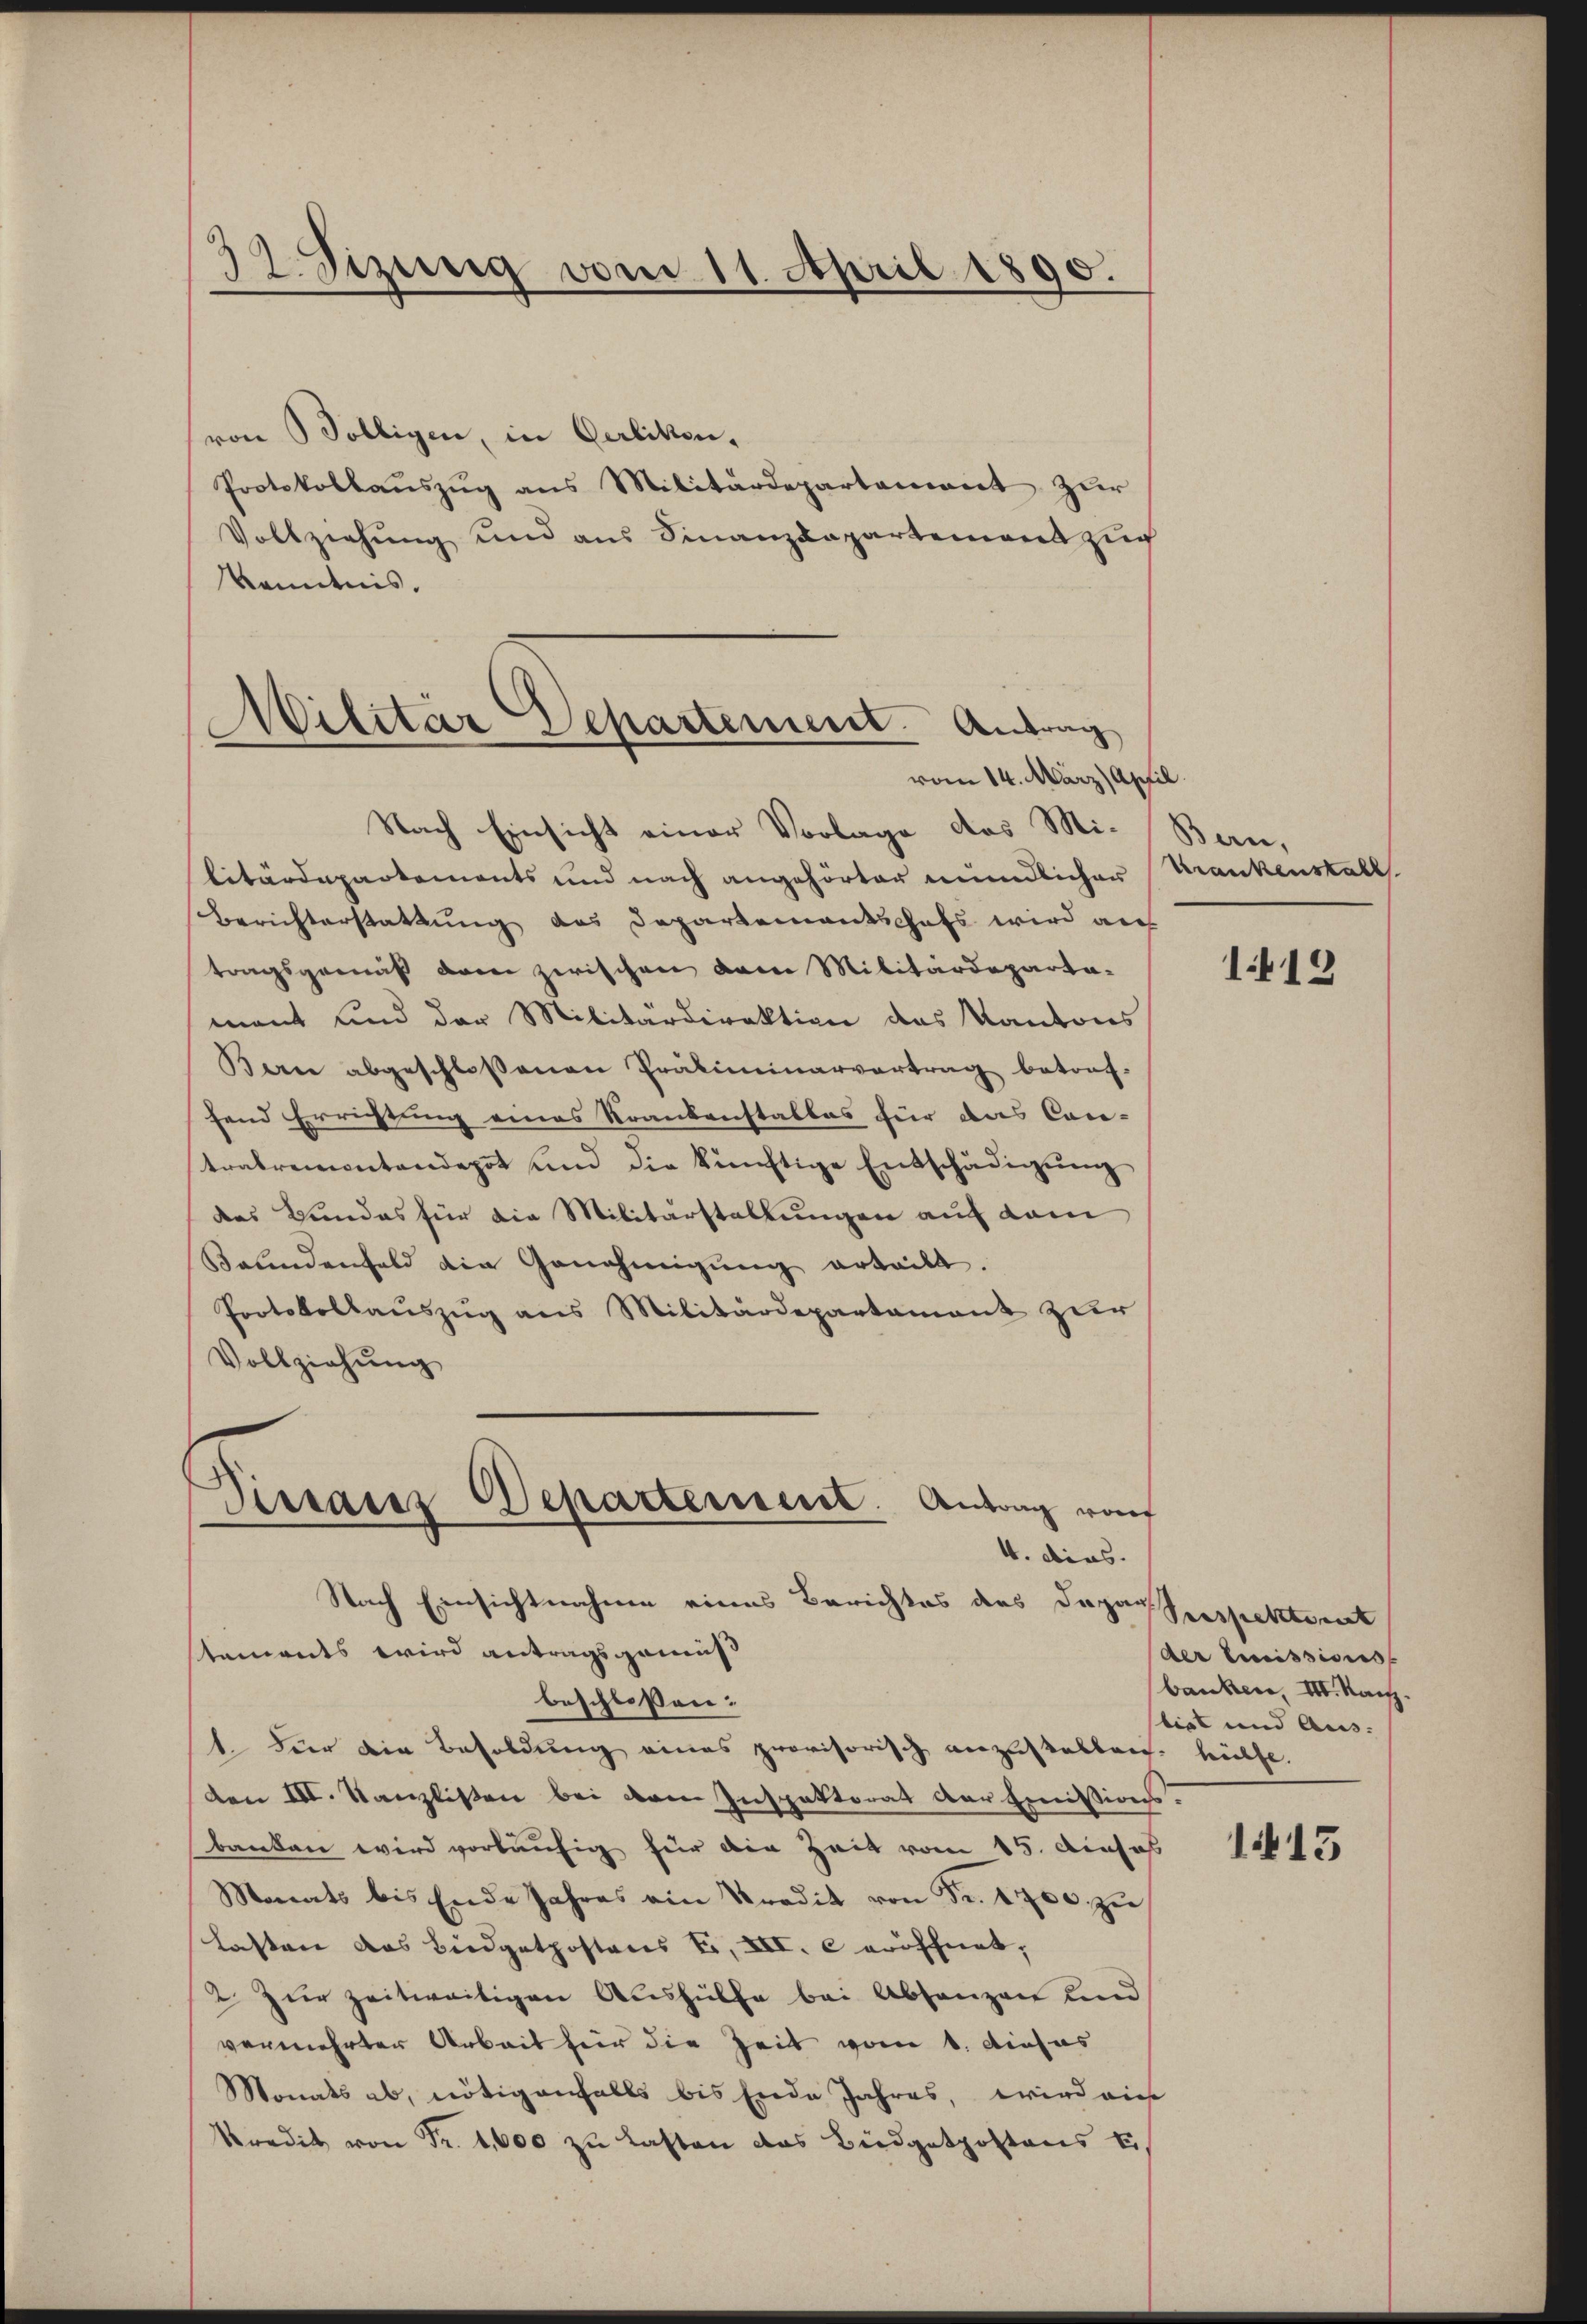
32. Sizung vom 11. April 1890.

von Bolligen, in Gerbitten,
Protokollauszug aus Militärdepartement zur
Vollziehŭng und ans Finanzdepartement zŭr
Kenntnis.
Nach Einsicht einer Vorlage das Militärdepartements und nach angehörter mündlicher
Berichterstattung des Departementschafs wird auf
tragsgemäß der zwischen Dame Militärdeparta-
mant und der Militärdirektion des Kantons
Bern abgeschloßenen Präliminarvertrag betonf-
fend Errichtung eines Krankenstallas für das Cace-
tralremontendepot und die künftige Entschädigŭng
des Bundes für die Militärstellungen auf dem
Bandenfeld die Genehmigŭng erteilt.
Protokollaŭszŭg ans Militärdepartamant zur
Vollziehung
Sissair Departement. Antrag von
4. dies.
Nach Einsichtnahme eines Berichtes des Daparrespektorat
stemandts wird antragsgemäß
beschlossen:
 Für die Besoldung eines provisorisch anzustellens hülfe.
den III. Kanzlisten bei dem Inspektorat der Emissionsbanken wird vorläufig für die Zeit vom 15. Ausas
Monats bis Ende Jahres ein Kredit von Fr. 2700 zu
lasten das Biedgatpostares Ei, VII. c eröffnet,
2 zur zeitweitigen Aushülfe bei Abhanzen und
vermehrter Arbeit hier die Zeit vom 8. dieses
Monats ab, nötigenfalls bis Ende Jahres, wird auch
kredit von Fr. 1,600 zŭ lasten das Büdgetpostens Ei

Militar Departement. Antrag
vom 14. März) Apfil.

Ben.
Krankenstall

1412

der Erweissions
banken, III. Nachz
bist und Aus- |

145